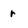
Character: r